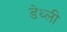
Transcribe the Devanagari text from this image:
डेथ्ली